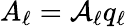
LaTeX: A_{\ell}=\mathcal{A}_{\ell}q_{\ell}